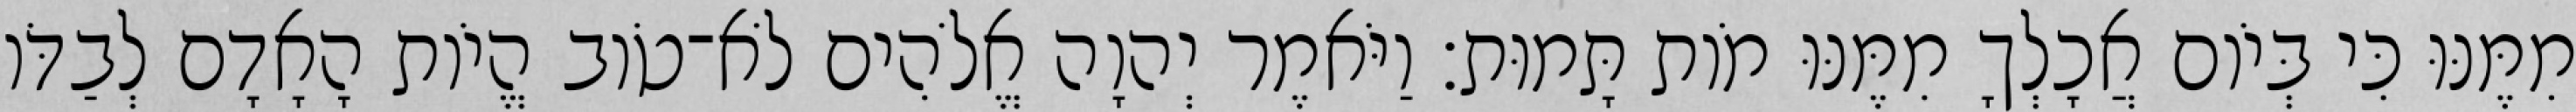
מִמֶּנּוּ כִּי בְּיֹום אֲכָלְךָ מִמֶּנּוּ מֹות תָּמוּת׃ וַיֹּאמֶר יְהוָה אֱלֹהִים לֹא־טֹוב הֱיֹות הָאָדָם לְבַדֹּו